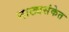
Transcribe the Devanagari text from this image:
नाट्यसंकेत